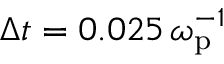
\Delta t = 0 . 0 2 5 \, \omega _ { \mathrm { p } } ^ { - 1 }